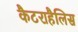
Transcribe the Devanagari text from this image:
कैटराहैलिस